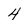
Character: 4